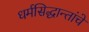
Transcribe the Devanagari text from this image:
धर्मसिद्धान्तांचे